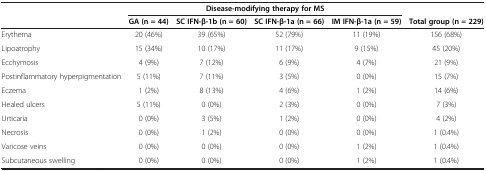
<table><thead><tr><td><b> </b></td><td colspan="4"><b>Disease-modifying therapy for MS</b></td><td><b> </b></td></tr><tr><td><b> </b></td><td><b>GA (n = 44)</b></td><td><b>SC IFN-β-1b (n = 60)</b></td><td><b>SC IFN-β-1a (n = 66)</b></td><td><b>IM IFN-β-1a (n = 59)</b></td><td><b>Total group (n = 229)</b></td></tr></thead><tbody><tr><td>Erythema</td><td>20 (46%)</td><td>39 (65%)</td><td>52 (79%)</td><td>11 (19%)</td><td>156 (68%)</td></tr><tr><td>Lipoatrophy</td><td>15 (34%)</td><td>10 (17%)</td><td>11 (17%)</td><td>9 (15%)</td><td>45 (20%)</td></tr><tr><td>Ecchymosis</td><td>4 (9%)</td><td>7 (12%)</td><td>6 (9%)</td><td>4 (7%)</td><td>21 (9%)</td></tr><tr><td>Postinflammatory hyperpigmentation</td><td>5 (11%)</td><td>7 (11%)</td><td>3 (5%)</td><td>0 (0%)</td><td>15 (7%)</td></tr><tr><td>Eczema</td><td>1 (2%)</td><td>8 (13%)</td><td>4 (6%)</td><td>1 (2%)</td><td>14 (6%)</td></tr><tr><td>Healed ulcers</td><td>5 (11%)</td><td>0 (0%)</td><td>2 (3%)</td><td>0 (0%)</td><td>7 (3%)</td></tr><tr><td>Urticaria</td><td>0 (0%)</td><td>3 (5%)</td><td>1 (2%)</td><td>0 (0%)</td><td>4 (2%)</td></tr><tr><td>Necrosis</td><td>0 (0%)</td><td>1 (2%)</td><td>0 (0%)</td><td>0 (0%)</td><td>1 (0.4%)</td></tr><tr><td>Varicose veins</td><td>0 (0%)</td><td>0 (0%)</td><td>0 (0%)</td><td>1 (2%)</td><td>1 (0.4%)</td></tr><tr><td>Subcutaneous swelling</td><td>0 (0%)</td><td>0 (0%)</td><td>0 (0%)</td><td>1 (2%)</td><td>1 (0.4%)</td></tr></tbody></table>